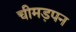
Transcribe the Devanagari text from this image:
चीमड़पन